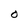
Character: O